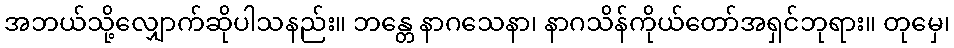
အဘယ်သို့လျှောက်ဆိုပါသနည်း။ ဘန္တေ နာဂသေနာ၊ နာဂသိန်ကိုယ်တော်အရှင်ဘုရား။ တုမှေ၊